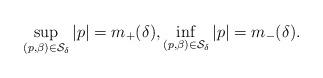
LaTeX: \begin{align*}\sup_{(p,\beta)\in\mathcal S_\delta}|p|=m_+(\delta),\inf_{(p,\beta)\in\mathcal S_\delta}|p|=m_-(\delta).\end{align*}